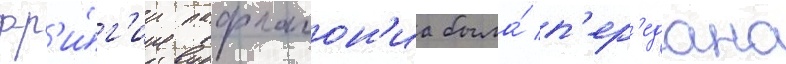
фр'и́г'ии пафлагон'иа была́ п'ер'едана